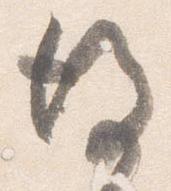
後